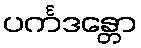
ပင်္ကဒန္တော